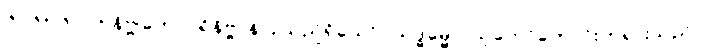
၆၁၆+ ၆၁၇+ နိဗ္ဗုတေ၊ ပရိနိဗ္ဗာန်ပြုသည်ရှိသော်။ သဒ္ဓမ္မော၊ သူတော်ကောင်းတရားသည်။